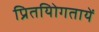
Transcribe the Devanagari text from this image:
प्रितयोिगतायें